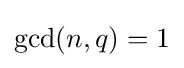
\gcd(n,q)=1